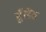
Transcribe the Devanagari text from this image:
मुँडित